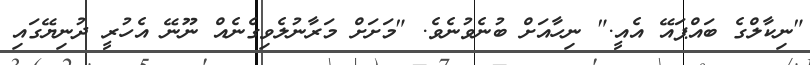
"ނިކާލްގެ ބައްޕައޭ އެއީ." ނިހާއަށް ބުނެވުނެވެ. "މަށަށް މަރާނުލެވިގެނެއް ނޫނޭ އެހުރީ ދުނިޔޭގައި